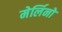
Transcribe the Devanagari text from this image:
मेर्लिनो